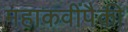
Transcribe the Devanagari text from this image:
महाकवींपैकी